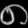
Digit: ၈